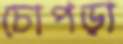
চোপড়া